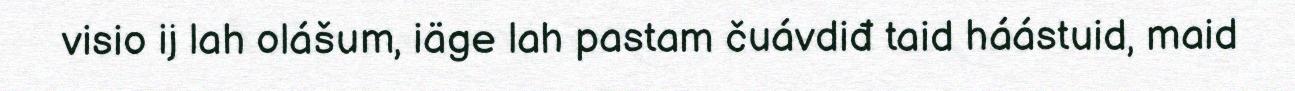
visio ij lah olášum, iäge lah pastam čuávdiđ taid háástuid, maid